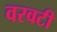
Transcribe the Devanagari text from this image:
वरवटी